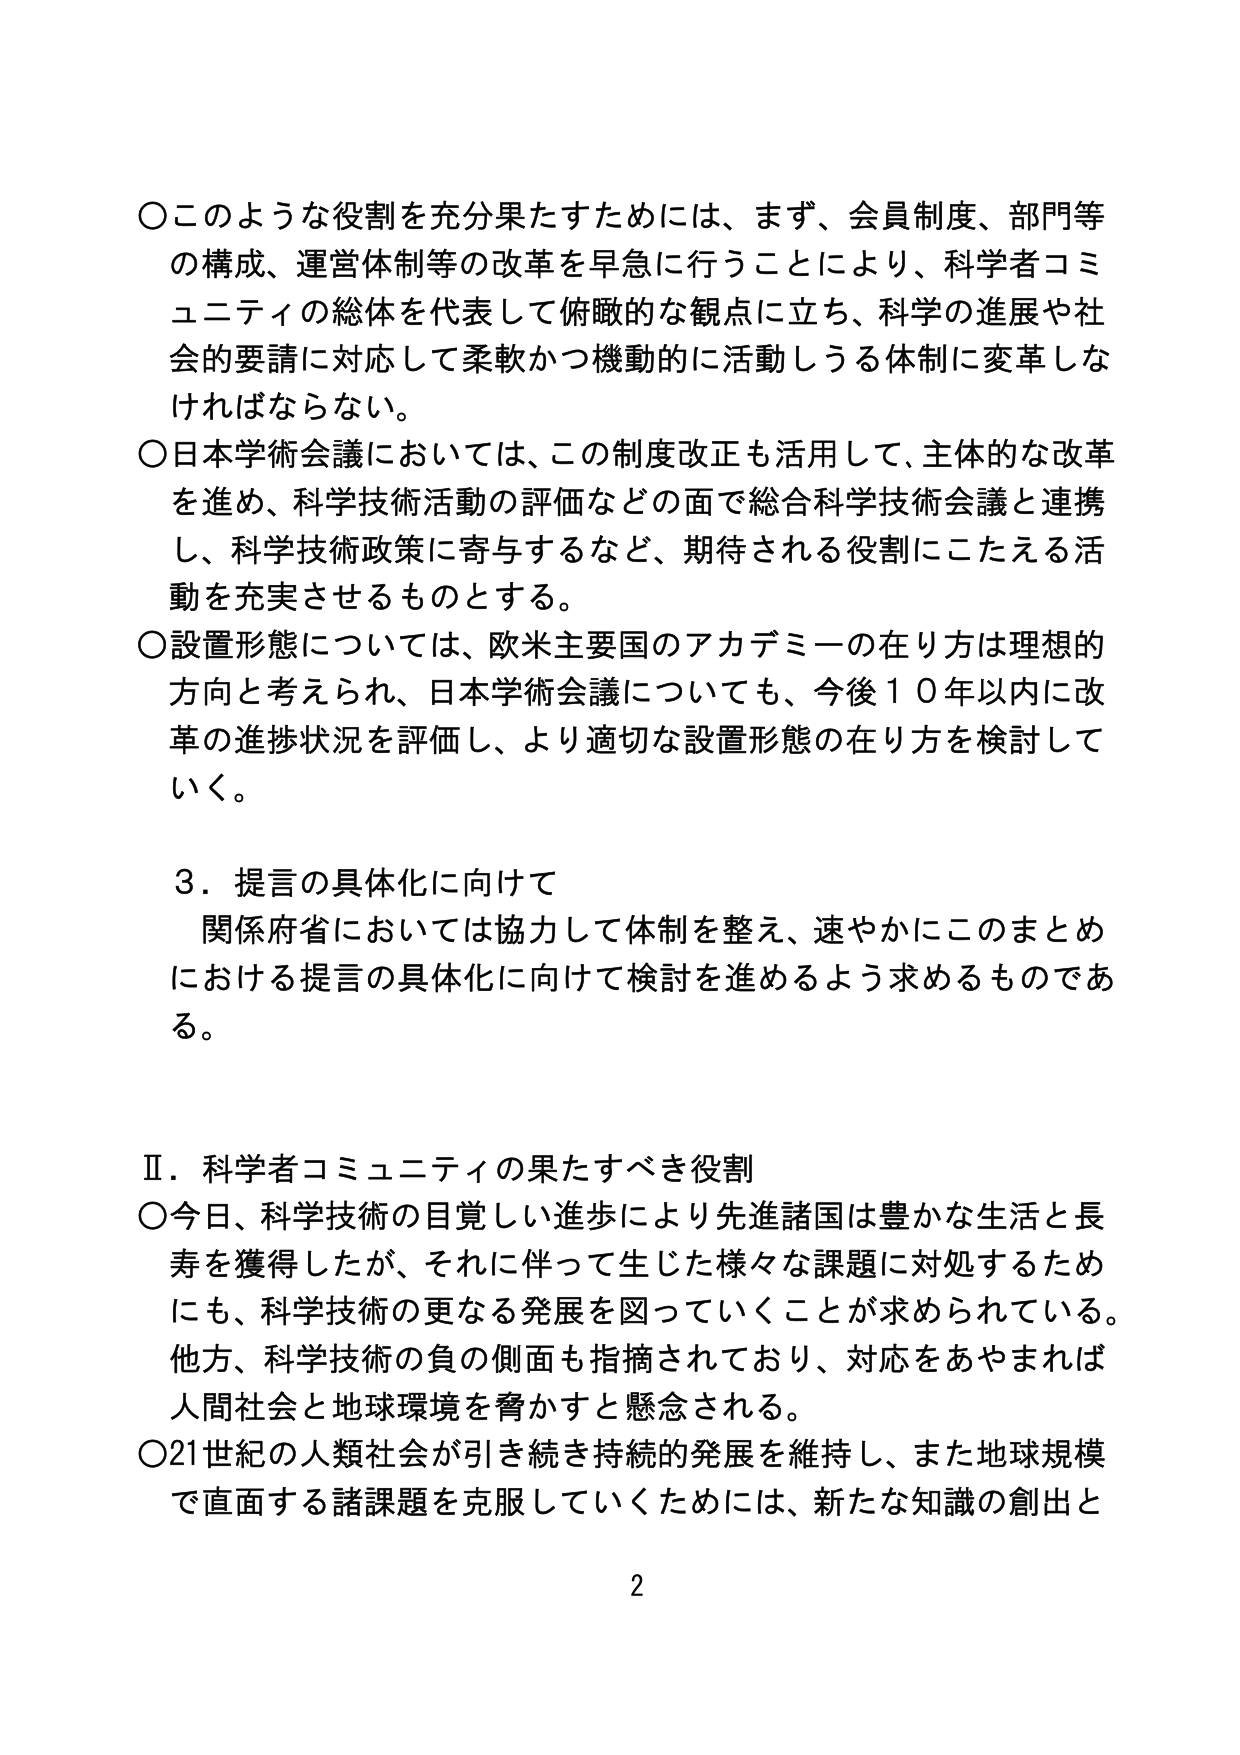
○このような役割を充分果たすためには、まず、会員制度、部門等の構成、運営体制等の改革を早急に行うことにより、科学者コミュニティの総体を代表して俯瞰的な観点に立ち、科学の進展や社会的要請に対応して柔軟かつ機動的に活動しうる体制に変革しなければならない。

○日本学術会議においては、この制度改正も活用して、主体的な改革を進め、科学技術活動の評価などの面で総合科学技術会議と連携し、科学技術政策に寄与するなど、期待される役割にこたえる活動を充実させるものとする。

○設置形態については、欧米主要国のアカデミーの在り方は理想的方向と考えられ、日本学術会議についても、今後１０年以内に改革の進捗状況を評価し、より適切な設置形態の在り方を検討していく。

３．提言の具体化に向けて
関係府省においては協力して体制を整え、速やかにこのまとめにおける提言の具体化に向けて検討を進めるよう求めるものである。

Ⅱ．科学者コミュニティの果たすべき役割
○今日、科学技術の目覚しい進歩により先進諸国は豊かな生活と長寿を獲得したが、それに伴って生じた様々な課題に対処するためにも、科学技術の更なる発展を図っていくことが求められている。他方、科学技術の負の側面も指摘されており、対応をあやまれば人間社会と地球環境を脅かすと懸念される。

○21世紀の人類社会が引き続き持続的発展を維持し、また地球規模で直面する諸課題を克服していくためには、新たな知識の創出と

2